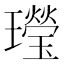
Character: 㼆